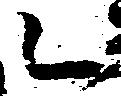
乙